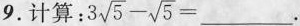
9. 计算：$$3 \sqr{ 5 } - \sqrt { 5 } =$$___.